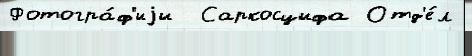
Фотогра́ф'иjи  Саркосцифа Отд'е́л